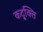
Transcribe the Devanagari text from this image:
कटूक्ति